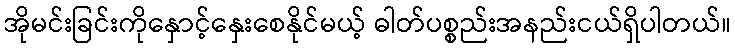
အိုမင်းခြင်းကိုနှောင့်နှေးစေနိုင်မယ့် ဓါတ်ပစ္စည်းအနည်းငယ်ရှိပါတယ်။